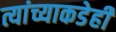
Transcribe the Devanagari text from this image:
त्यांच्याकडेही